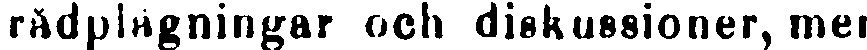
rådplägningar och diskussioner, men